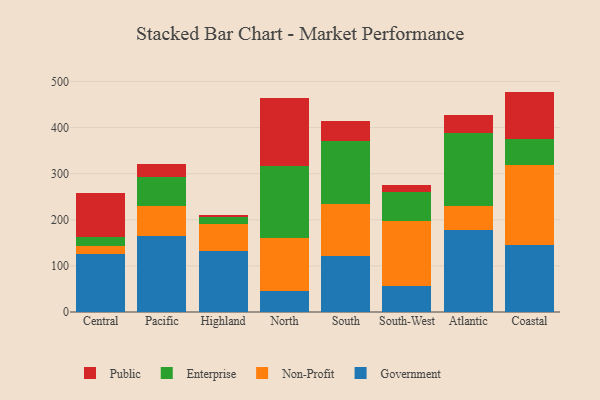
{"axis": {"x": "Region", "y": "Website Visitors"}, "legend": ["Enterprise", "Government", "Non-Profit", "Public"], "data": [{"x": "Central", "y": 126.3, "type": "Government"}, {"x": "Central", "y": 16.5, "type": "Non-Profit"}, {"x": "Central", "y": 20.4, "type": "Enterprise"}, {"x": "Central", "y": 95.3, "type": "Public"}, {"x": "Pacific", "y": 163.8, "type": "Government"}, {"x": "Pacific", "y": 66.4, "type": "Non-Profit"}, {"x": "Pacific", "y": 63.1, "type": "Enterprise"}, {"x": "Pacific", "y": 28.5, "type": "Public"}, {"x": "Highland", "y": 132.3, "type": "Government"}, {"x": "Highland", "y": 58.2, "type": "Non-Profit"}, {"x": "Highland", "y": 15.1, "type": "Enterprise"}, {"x": "Highland", "y": 5.1, "type": "Public"}, {"x": "North", "y": 44.6, "type": "Government"}, {"x": "North", "y": 115.3, "type": "Non-Profit"}, {"x": "North", "y": 155.8, "type": "Enterprise"}, {"x": "North", "y": 149.3, "type": "Public"}, {"x": "South", "y": 121.1, "type": "Government"}, {"x": "South", "y": 112.6, "type": "Non-Profit"}, {"x": "South", "y": 137.7, "type": "Enterprise"}, {"x": "South", "y": 42.2, "type": "Public"}, {"x": "South-West", "y": 56.0, "type": "Government"}, {"x": "South-West", "y": 140.5, "type": "Non-Profit"}, {"x": "South-West", "y": 63.3, "type": "Enterprise"}, {"x": "South-West", "y": 15.7, "type": "Public"}, {"x": "Atlantic", "y": 177.0, "type": "Government"}, {"x": "Atlantic", "y": 53.3, "type": "Non-Profit"}, {"x": "Atlantic", "y": 158.7, "type": "Enterprise"}, {"x": "Atlantic", "y": 39.1, "type": "Public"}, {"x": "Coastal", "y": 145.4, "type": "Government"}, {"x": "Coastal", "y": 173.4, "type": "Non-Profit"}, {"x": "Coastal", "y": 55.8, "type": "Enterprise"}, {"x": "Coastal", "y": 103.4, "type": "Public"}]}